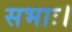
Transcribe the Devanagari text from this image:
सभाः।